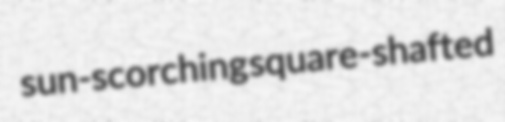
sun-scorching square-shafted